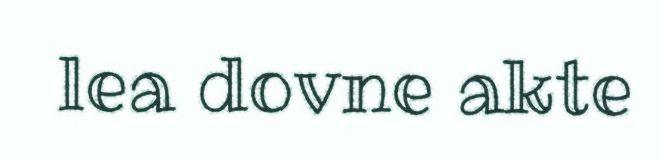
lea dovne akte